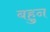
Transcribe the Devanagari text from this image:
बहुन